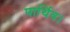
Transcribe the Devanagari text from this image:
पार्थिव।